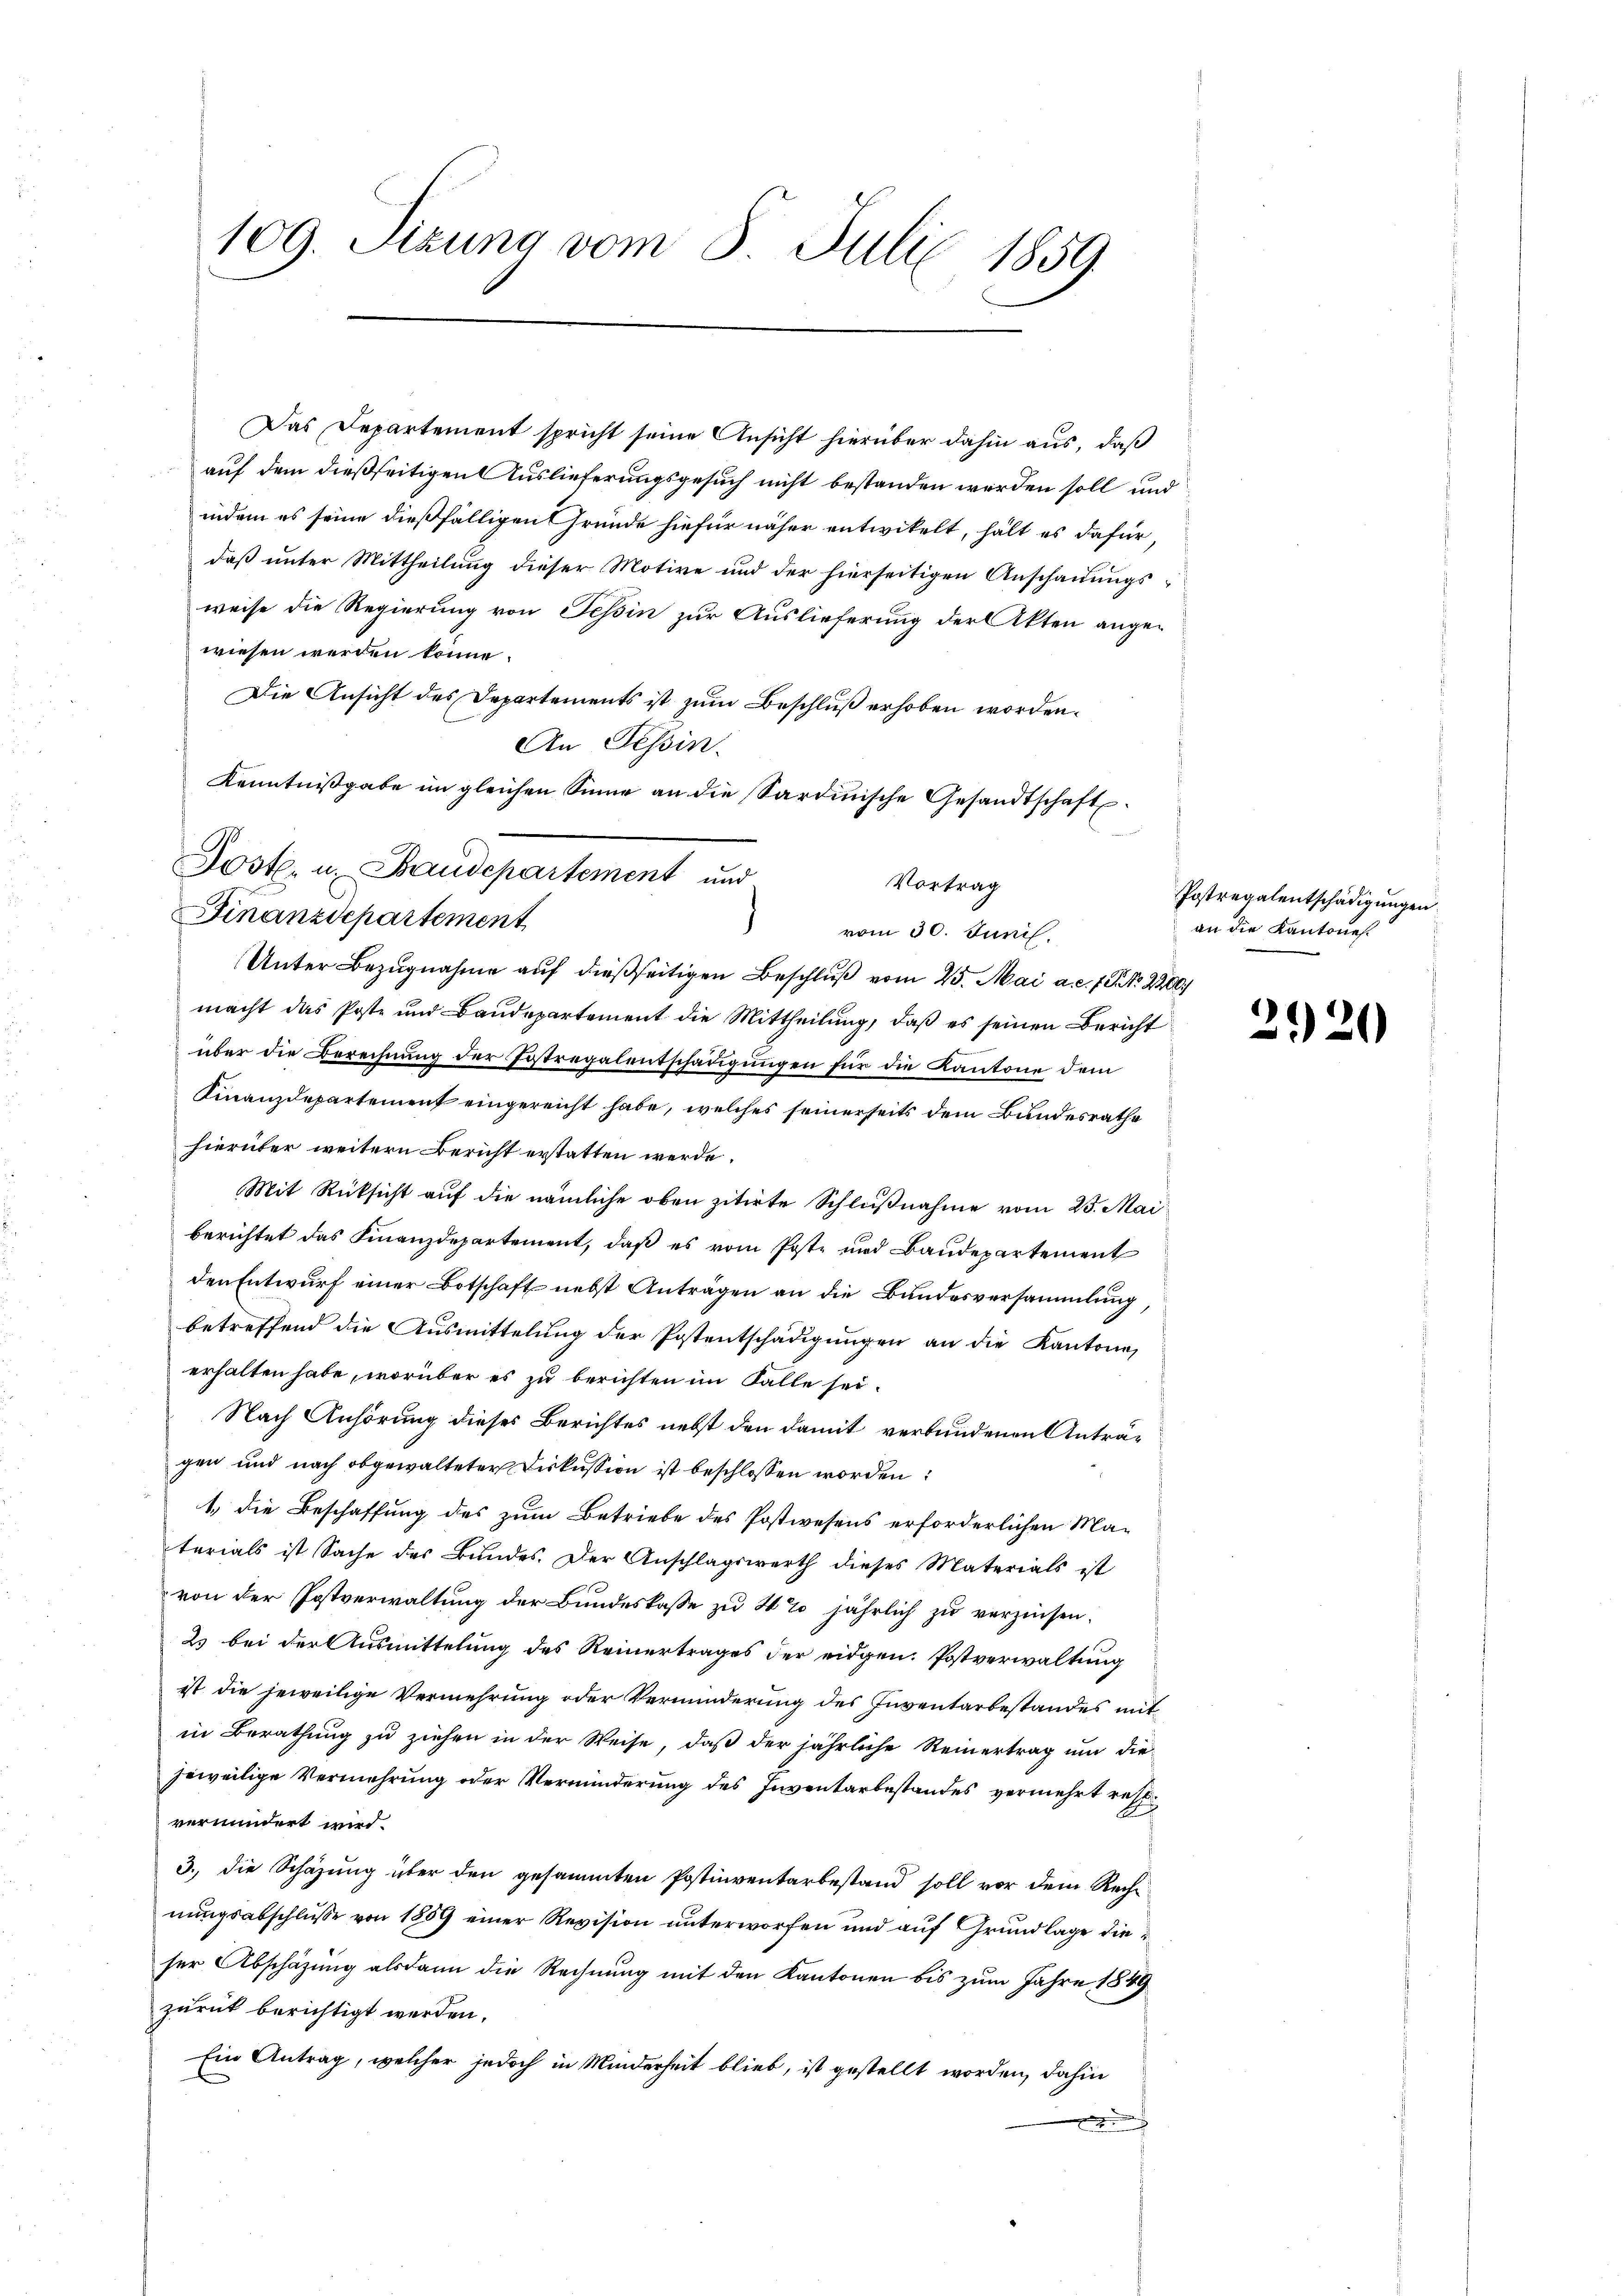
109. Sizung vom 5. Juli 1859

A

Das Departement spricht seine Ansicht hierüber dahin aus, daß
auf dem dießseitigen Auslieferungsgesuch nicht bestanden werden soll und
indem es seine dießfälligen Gründe hiefür näher entwikelt, hält es dafür
daß unter Mittheilung dieser Motive und der hierseitigen Anschauungsweise die Regierung von Tessin zur Auslieferung der Akten angewiesen werden könne.
Die Ansicht des Departements ist zum Beschluß erhoben worden.
An Tessin.
Kenntnißgabe im gleichen Sinne an die Sardinische Gesandtschaft
Finanzdepartement
vom 30. Juni.
Unter Bezugnahme auf dießseitigen Beschluß vom 25. Mai a. c. 1 Pkt. 2200/
macht das Poste und Baudepartement die Mittheilung, daß es seinen Bericht
über die Berechnung der Erstregalentschädigungen für die Kantone dem
Finanzdepartement eingereicht habe, welches seinerseits dem Bundesrathe
hierüber weitern Bericht erstatten werde.
Mit Rücksicht auf die nämliche oben zitirte Schlußnahme vom 25. Mai
berichtet das Finanzdepartement, daß es vom Poste und Baudepartement
den Entwurf einer Botschaft nebst Anträgen an die Bundesversammlung
betreffend die Ausmittelung der Postentschädigungen an die Kantone,
erhalten habe, worüber es zu berichten im Falle sei.
Nach Anhörung dieses Berichtes nebst den damit verbundenen Antragen und nach obgewalteter Diskussion ist beschlossen worden:
1. die Beschaffung des zum Betriebe des Postwesens erforderlichen Materials ist Sache des Bundes. Der Anschlagswerth dieses Materials ist
von der Postverwaltung der Bundeskasse zu 4% jährlich zu verzinsen¬
2. bei der Ausmittelung des Reinertrages der eidgen. Postverwaltung
ist die jeweilige Vermehrung oder Verminderung des Inventarbestandes mit
in Berathung zu ziehen in der Weise, daß der jährliche Reinertrag um die
jeweilige Vermehrung oder Verminderung des Inventarbestandes vermehrt rest
vermindert wird.
3., die Schazung über den gesammten Postinventarbestand soll vor dem Rechnŭngsabschlŭβe von 1859 einer Revision unterworfen und aŭf Grundlage dieser Abschäzung alsdann die Rechnung mit den Kantonen bis zum Jahre 1849
zurück berichtigt werden.
Ein Antrag, welcher jedoch in Minderheit blieb, ist gestellt worden, dahin

Fost. u. Baudepartement und

Vortrag

Postregalentschädigungen.
an die Kantone.

2920